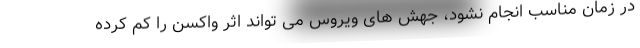
در زمان مناسب انجام نشود، جهش های ویروس می تواند اثر واکسن را کم کرده